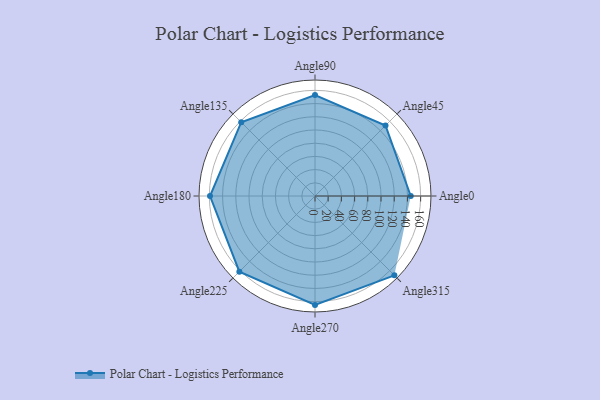
{"axis": {"x": "Angle", "y": "Radius"}, "legend": [""], "data": [{"x": "Angle0", "y": 145.0, "type": ""}, {"x": "Angle45", "y": 151.0, "type": ""}, {"x": "Angle90", "y": 153.0, "type": ""}, {"x": "Angle135", "y": 158.0, "type": ""}, {"x": "Angle180", "y": 159.0, "type": ""}, {"x": "Angle225", "y": 162.0, "type": ""}, {"x": "Angle270", "y": 165.0, "type": ""}, {"x": "Angle315", "y": 170, "type": ""}]}